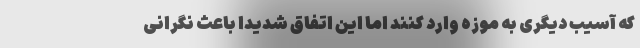
که آسیب دیگری به موزه وارد کنند اما این اتفاق شدیداً باعث نگرانی